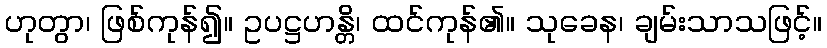
ဟုတွာ၊ ဖြစ်ကုန်၍။ ဥပဋ္ဌဟန္တိ၊ ထင်ကုန်၏။ သုခေန၊ ချမ်းသာသဖြင့်။